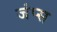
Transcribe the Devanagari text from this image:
जंप्स